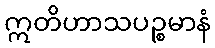
ဣတိဟာသပဉ္စမာနံ